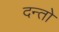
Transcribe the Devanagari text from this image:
दन्तो